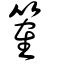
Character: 篧